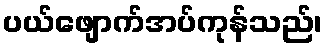
ပယ်ဖျောက်အပ်ကုန်သည်၊